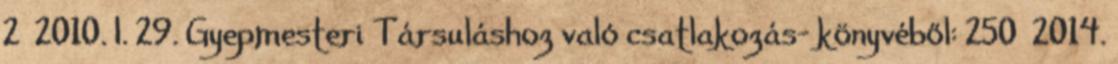
2 2010. I. 29. Gyepmesteri Társuláshoz való csatlakozás- könyvéből: 250 2014.